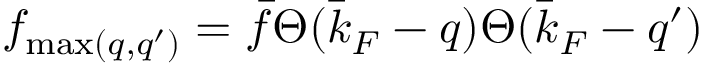
f _ { \operatorname* { m a x } ( q , q ^ { \prime } ) } = \bar { f } \Theta ( \bar { k } _ { F } - q ) \Theta ( \bar { k } _ { F } - q ^ { \prime } )